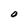
Character: 0